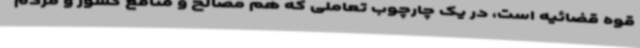
قوه قضائیه است، در یک چارچوب تعاملی که هم مصالح و منافع کشور و مردم